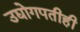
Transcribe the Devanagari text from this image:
उद्योगपतीही